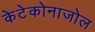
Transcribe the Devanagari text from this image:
केटेकोनाजोल